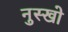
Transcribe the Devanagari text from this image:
नुस्खो